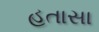
હતાસા